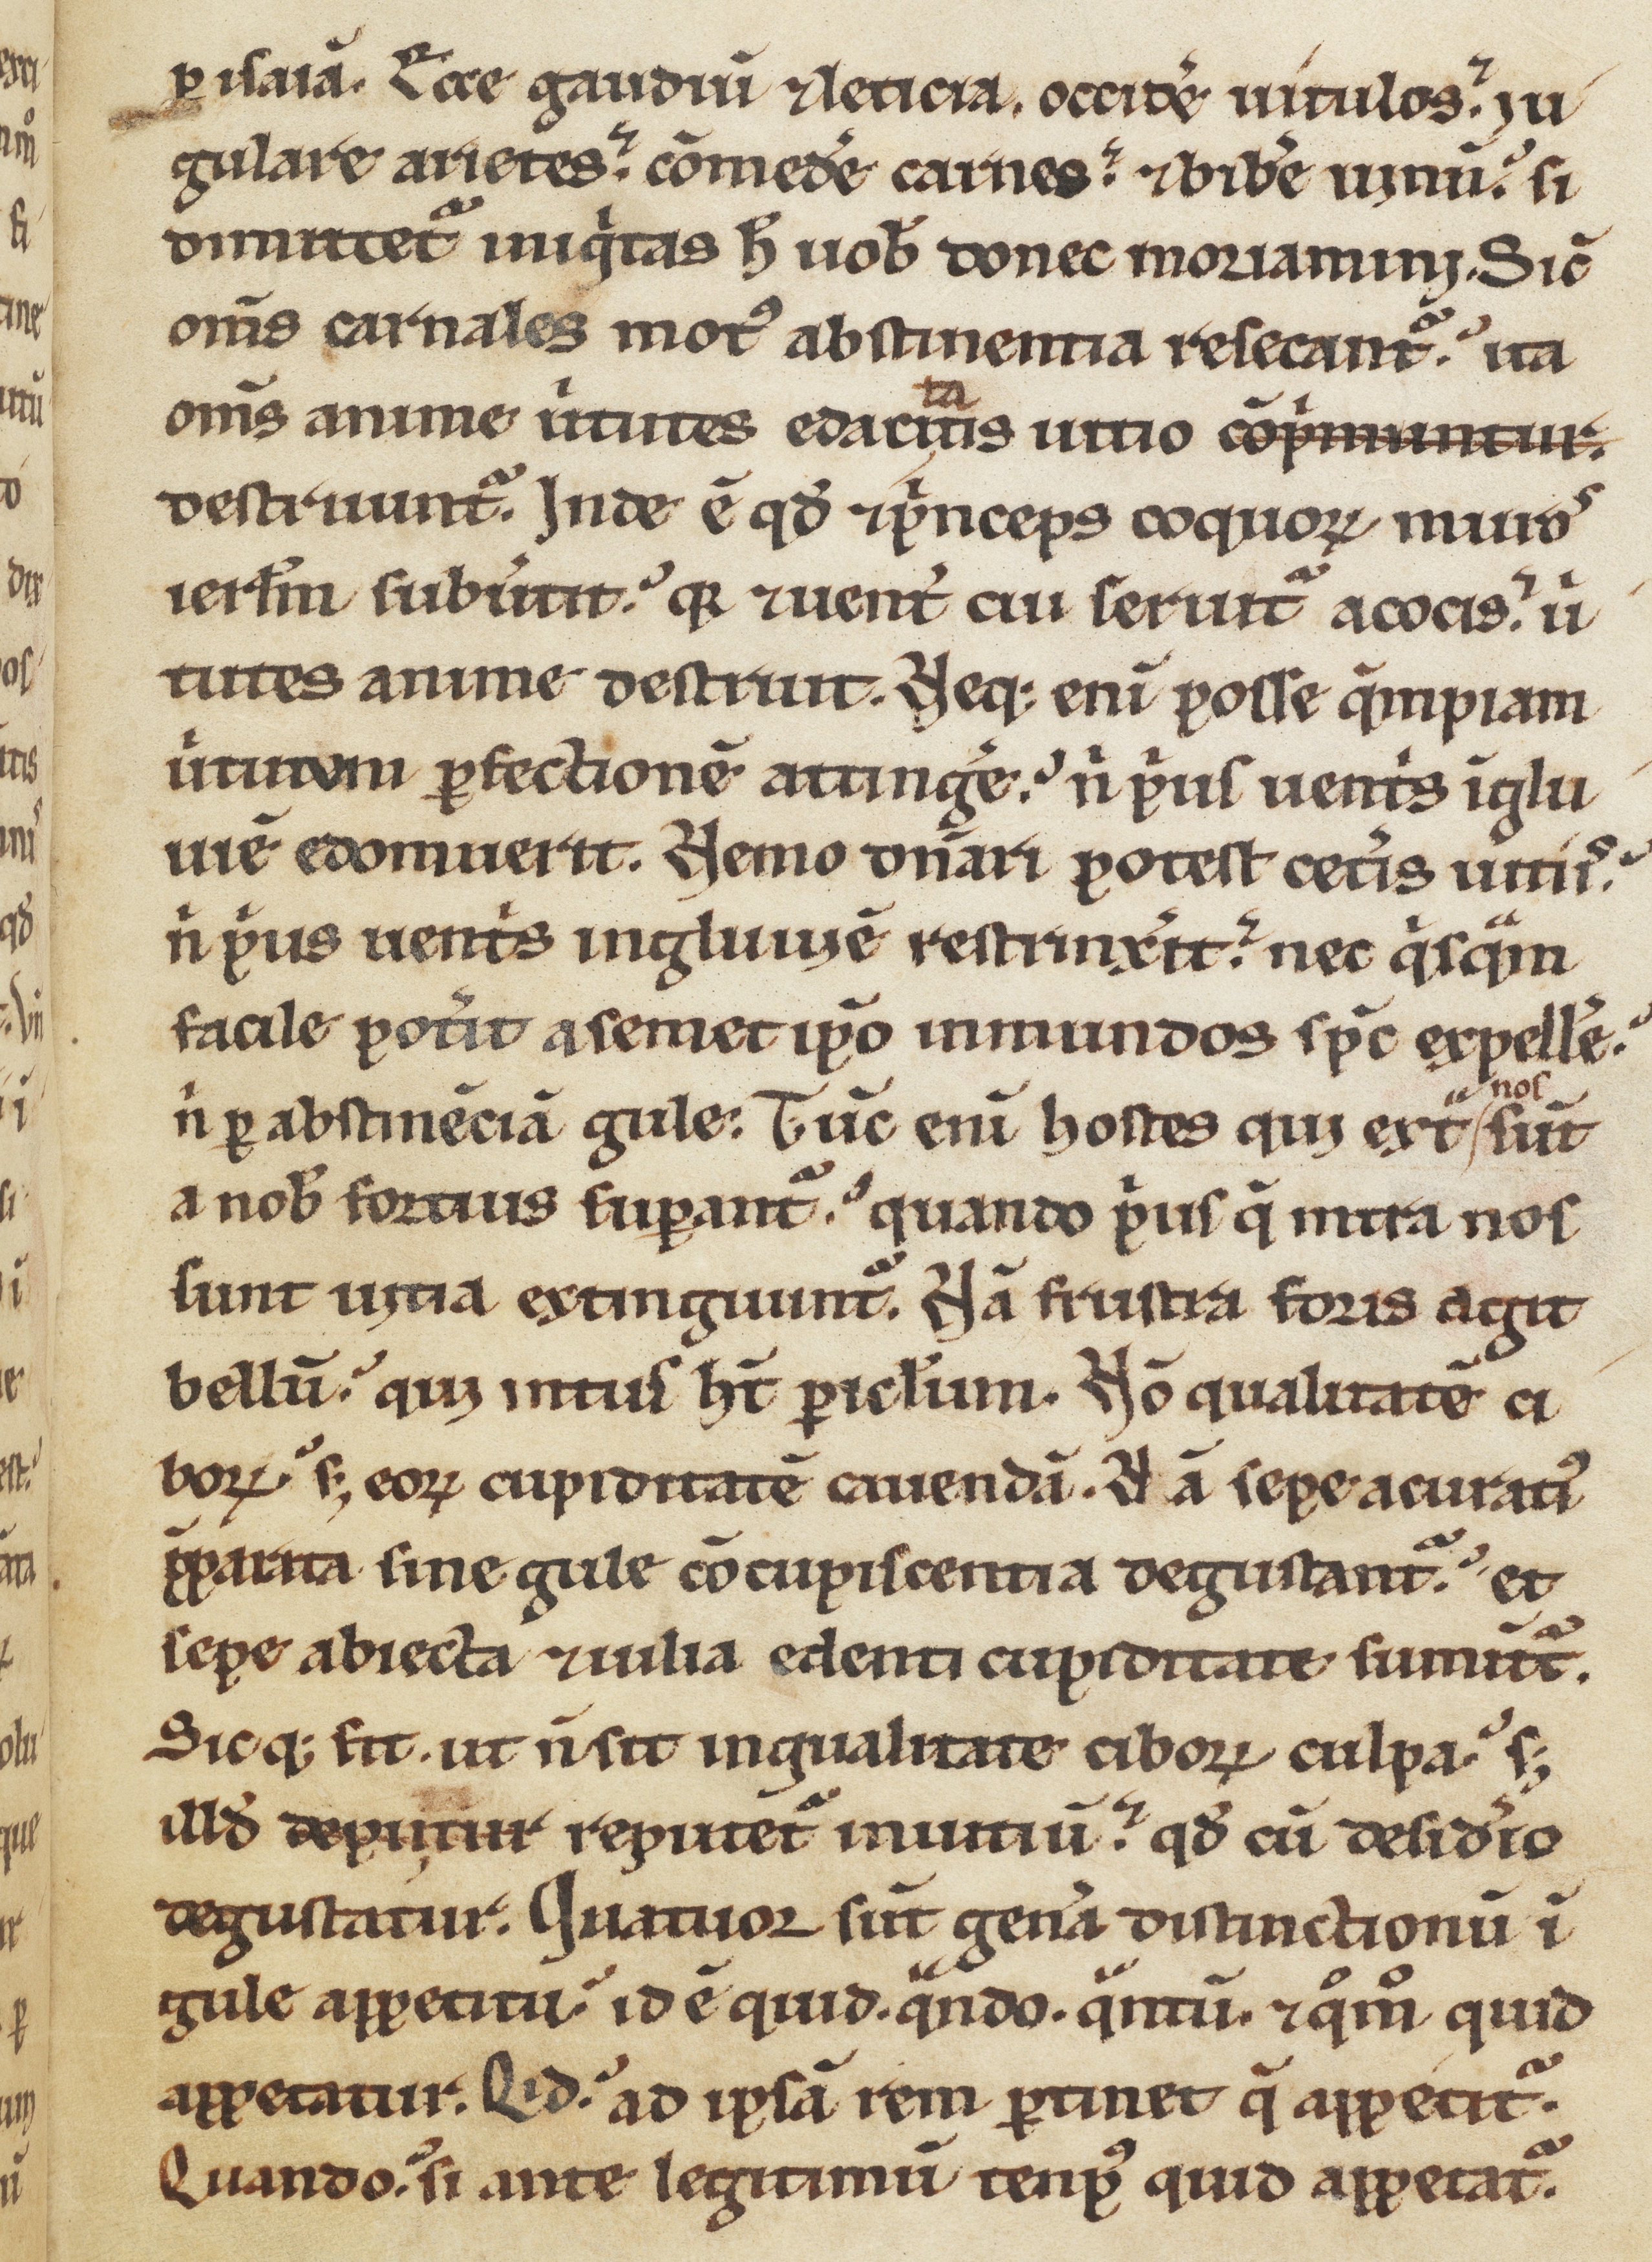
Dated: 1170–1199